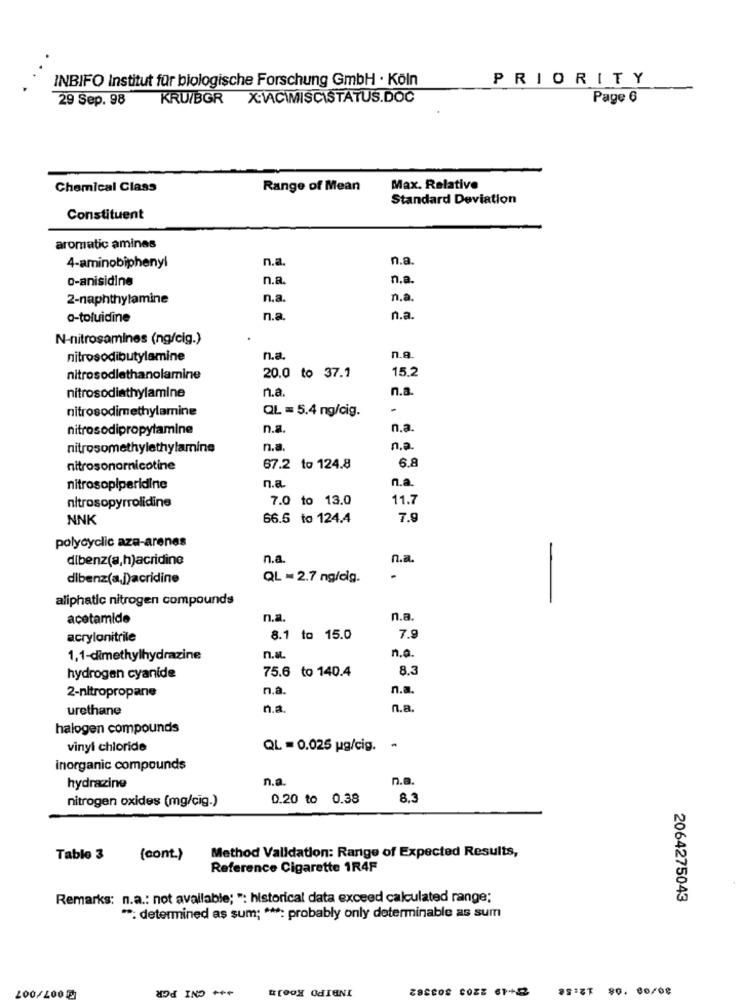
INBIFO Institut für biologische Forschung GmbH · Köln
PRIORITY
29 Sep. 98
KRU/BGR X:VACIMISCISTATUS.DOC
Page 6
Chemical Class
Range of Mean
Max. Relative
Standard Deviation
Constituent
aromatic amines
n.a
n.a.
4-aminobiphenyl
o-anisidine
n.a.
n.a.
2-naphthylamine
n.a.
n.a
o-toluidine
n.a.
n.a
N-nitrosamines (ng/cig.)
nitrosodibutylamine
n.a.
n.8
15.2
nitrosodlethanolamine
20.0 to 37.1
n.a.
n.a.
nitrosodiathylamine
nitrosodimethylamine
QL = 5.4 ng/cig.
nitrosodipropylamine
n.a.
n.a.
nitrosomethylethylamine
n.a.
n.a.
6.8
nitrosonornicotine
67.2 to 124.8
n.a.
nitrosopiperidine
n.a.
7.0 to 13.0
11.7
nitrosopyrrolidine
NNK
66.5 to 124.4
7.9
polycyclic aza-arenes
dibenz(a,h)acridine
n.a.
n.a.
dibenz(a,])acridine
QL = 2.7 ng/cig.
-
aliphatic nitrogen compounds
acetamide
n.a
n.a.
acrylonitrile
8.1 to 15.0
7.9
1,1-dimethylhydrazine
n.a.
n.o.
75.6 to 140.4
8.3
hydrogen cyanide
n.a.
n.a.
2-nitropropane
urethane
n.a
п.a.
halogen compounds
vinyl chloride
QL = 0.025 ug/cig.
inorganic compounds
n.a.
n.a.
hydrazine
nitrogen oxides (mg/cig.)
0.20 to 0.38
8.3
Table 3
(cont.)
Method Validation: Range of Expected Results,
Reference Cigarette 1R4F
Remarks: n.a .: not available; ": historical data exceed calculated range;
2064275043
**: determined as sum; ***: probably only doterminable as sum
CNI PGR
INBIPO Koeln
200/2000
9513T 80. 00/08